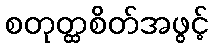
စတုတ္ထစိတ်အဖွင့်